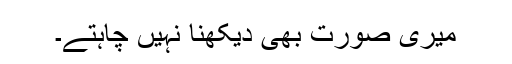
میری صورت بھی دیکھنا نہیں چاہتے۔